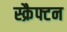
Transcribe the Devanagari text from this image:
स्क्रैफ्टन